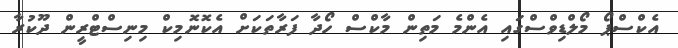
އެކްސްޕޯ މޯލްޑިވްސްގައި އެންމެ މަތިން މާކްސް ހޯދާ ފަރާތަކަށް އެކޮނޮމިކް މިނިސްޓްރީން ދޫކުރާ